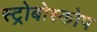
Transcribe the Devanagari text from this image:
स्ट्रोबोस्कोप